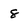
Character: 8